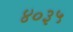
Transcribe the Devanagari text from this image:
४०३५